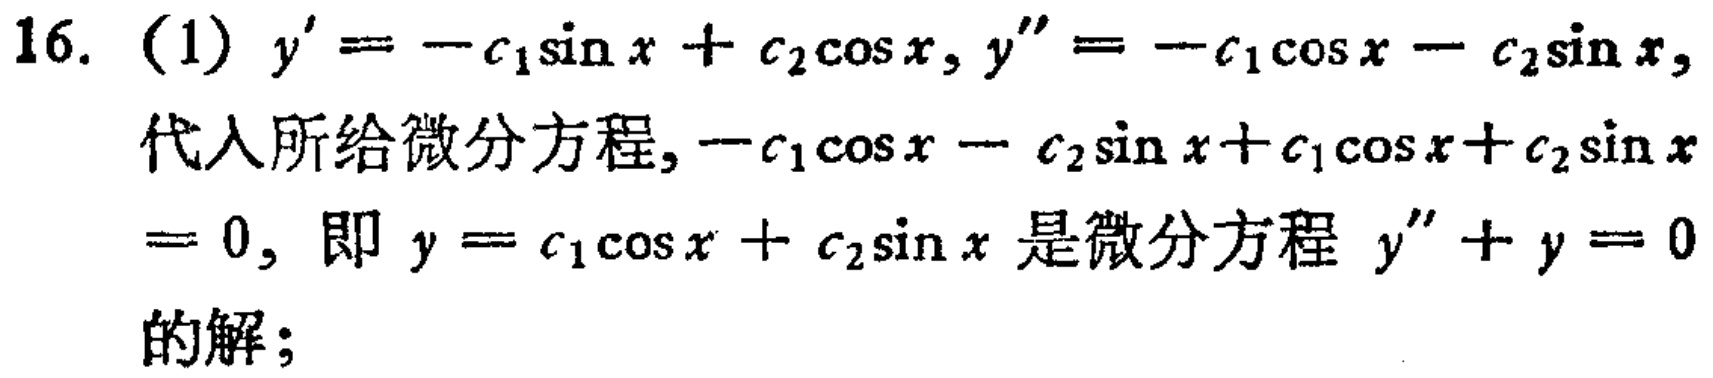
16. (1) \(y'=-c_1\sin x + c_2\cos x\), \(y''=-c_1\cos x - c_2\sin x\),
代入所给微分方程, \(-c_1\cos x - c_2\sin x + c_1\cos x + c_2\sin x\)
\(= 0\), 即 \(y = c_1\cos x + c_2\sin x\) 是微分方程 \(y'' + y = 0\)
的解;